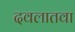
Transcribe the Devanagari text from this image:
दवलातवा